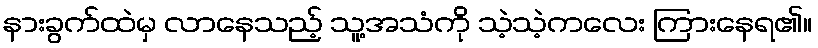
နားခွက်ထဲမှ လာနေသည့် သူ့အသံကို သဲ့သဲ့ကလေး ကြားနေရ၏။